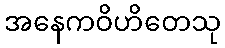
အနေကဝိဟိတေသု